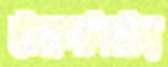
বীজগণিতীয়